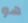
هو